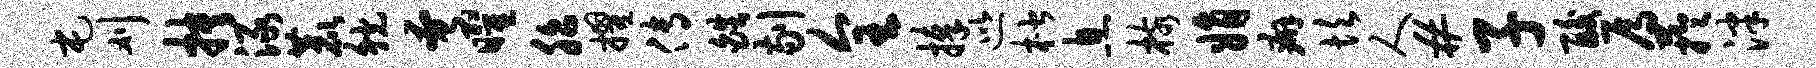
屯刈抉渌鹿觥奄曜胎擢传皓剔全捧巡楷息核娟癖坎人#子酸焉芋泮